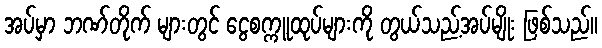
အပ်မှာ ဘဏ်တိုက် များတွင် ငွေစက္ကူထုပ်များကို တွယ်သည့်အပ်မျိုး ဖြစ်သည်။